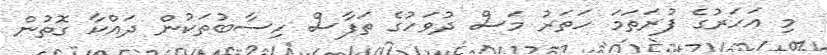
މި އަހަރުގެ ފުރަތަމަ ހަތަރު މަސް ދުވަހުގެ ތަފާސް ހިސާބުތަކުން ދައްކާ ގޮތުން